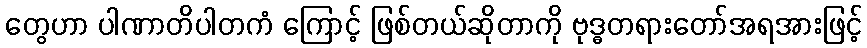
တွေဟာ ပါဏာတိပါတကံ ကြောင့် ဖြစ်တယ်ဆိုတာကို ဗုဒ္ဓတရားတော်အရအားဖြင့်